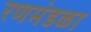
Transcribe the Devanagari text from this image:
रणमंडळा